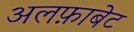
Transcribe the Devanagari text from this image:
अलफ़ाबेट